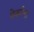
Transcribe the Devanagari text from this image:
वेर्काना